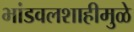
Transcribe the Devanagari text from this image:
भांडवलशाहीमुळे